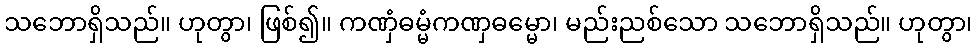
သဘောရှိသည်။ ဟုတွာ၊ ဖြစ်၍။ ကဏှံဓမ္မံကဏှဓမ္မော၊ မည်းညစ်သော သဘောရှိသည်။ ဟုတွာ၊